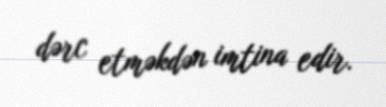
dərc etməkdən imtina edir.